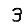
Digit: 3